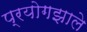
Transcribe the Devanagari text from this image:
प्रयोगझाले